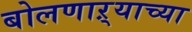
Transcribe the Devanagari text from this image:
बोलणाऱ्याच्या